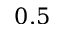
0 . 5